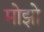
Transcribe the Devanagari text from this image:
मोझो